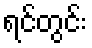
ရင်တွင်း